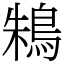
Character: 鴸